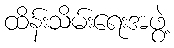
ထိန်းသိမ်းရေးအဖွဲ့